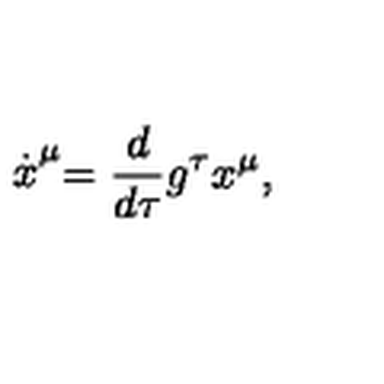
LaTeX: \stackrel { . } { x } ^ { \mu } = \frac { d } { d \tau } g ^ { \tau } x ^ { \mu } ,